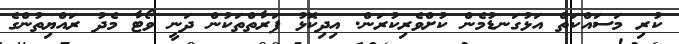
ކުރި މަސައްކަތް އަޅުގަނޑުމެން ކުށްވެރިކުރަން. އިދިކޮޅު ފަރާތްތަކުން ދަނީ ވޯޓާ މެދު ރައްޔިތުންގެ